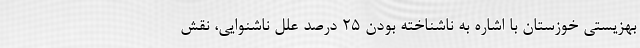
بهزیستی خوزستان با اشاره به ناشناخته بودن ۲۵ درصد علل ناشنوایی، نقش